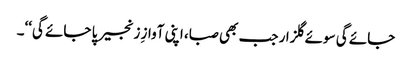
جائے گی سوئے گلزار جب بھی صبا، اپنی آوازِ زنجیر پا جائے گی‘‘۔